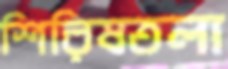
শিরিষতলা